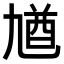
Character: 𠄁